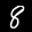
Label: 8